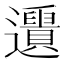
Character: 𨙑